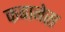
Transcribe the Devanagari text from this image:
कबानेस